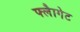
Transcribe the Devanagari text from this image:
फ्लैागेट